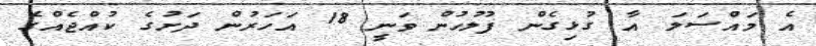
އެ މައްސަލަ އާ ގުޅިގެން ފުލުހުން ވަނީ 18 އަހަރުން ދަށުގެ ކުއްޖެއްގެ